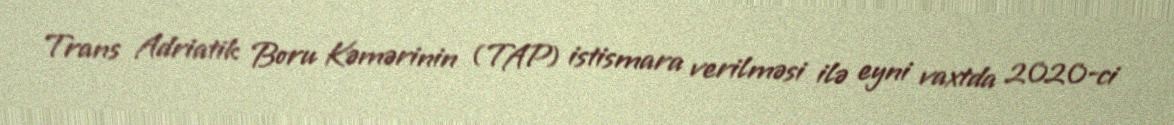
Trans Adriatik Boru Kəmərinin (TAP) istismara verilməsi ilə eyni vaxtda 2020-ci